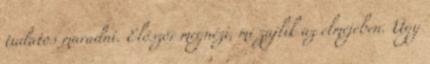
tudatos maradni. Először megnézi, mi zajlik az elméjében. Úgy